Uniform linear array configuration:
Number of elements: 32
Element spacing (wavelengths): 0.25
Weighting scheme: blackman
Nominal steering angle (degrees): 0
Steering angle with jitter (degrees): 0.1694
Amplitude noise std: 0.05
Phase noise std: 0.05

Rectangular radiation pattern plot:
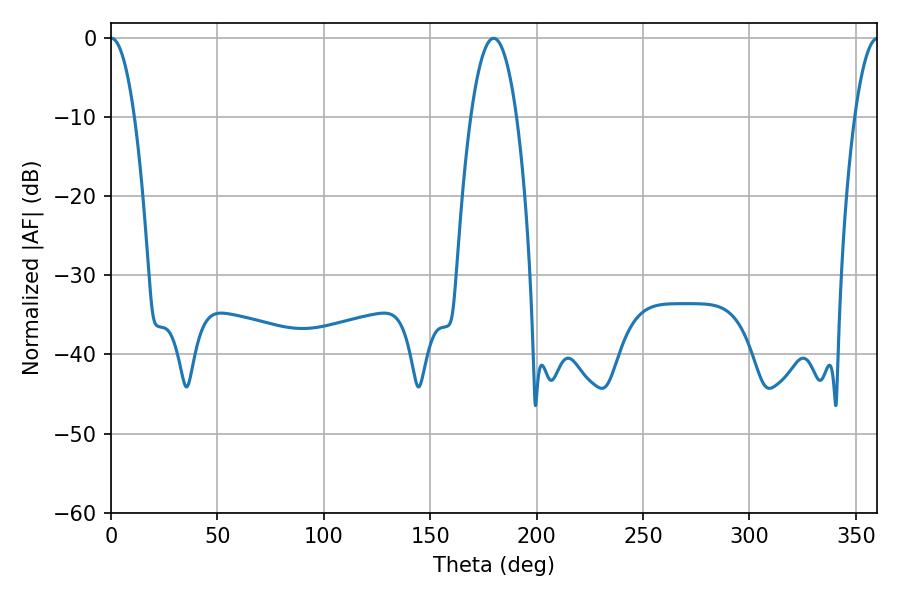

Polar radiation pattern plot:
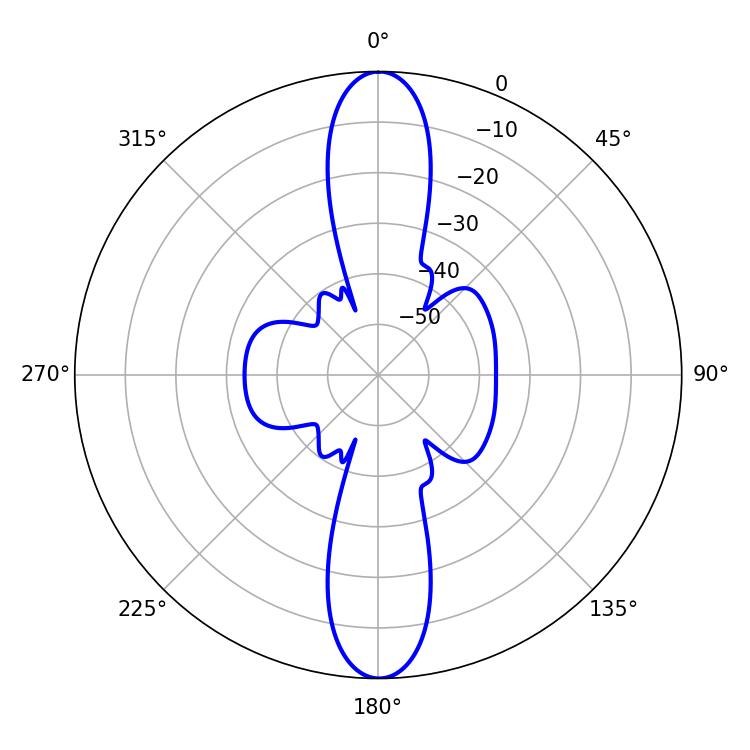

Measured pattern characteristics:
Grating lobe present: FALSE
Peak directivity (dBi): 30.868
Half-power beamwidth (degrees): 6.12
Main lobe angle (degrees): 0.18